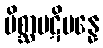
မိစ္ဆာပဋိပန္နေ